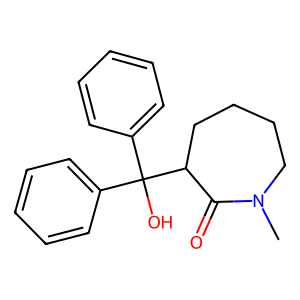
SMILES: CN1CCCCC(C(O)(c2ccccc2)c2ccccc2)C1=O
Inhibits HIV replication: No